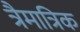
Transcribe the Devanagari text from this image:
त्रैमात्रिक